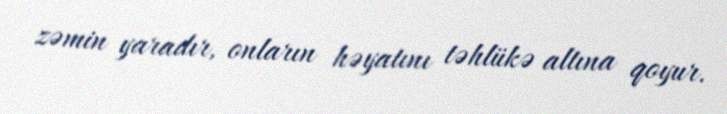
zəmin yaradır, onların həyatını təhlükə altına qoyur.